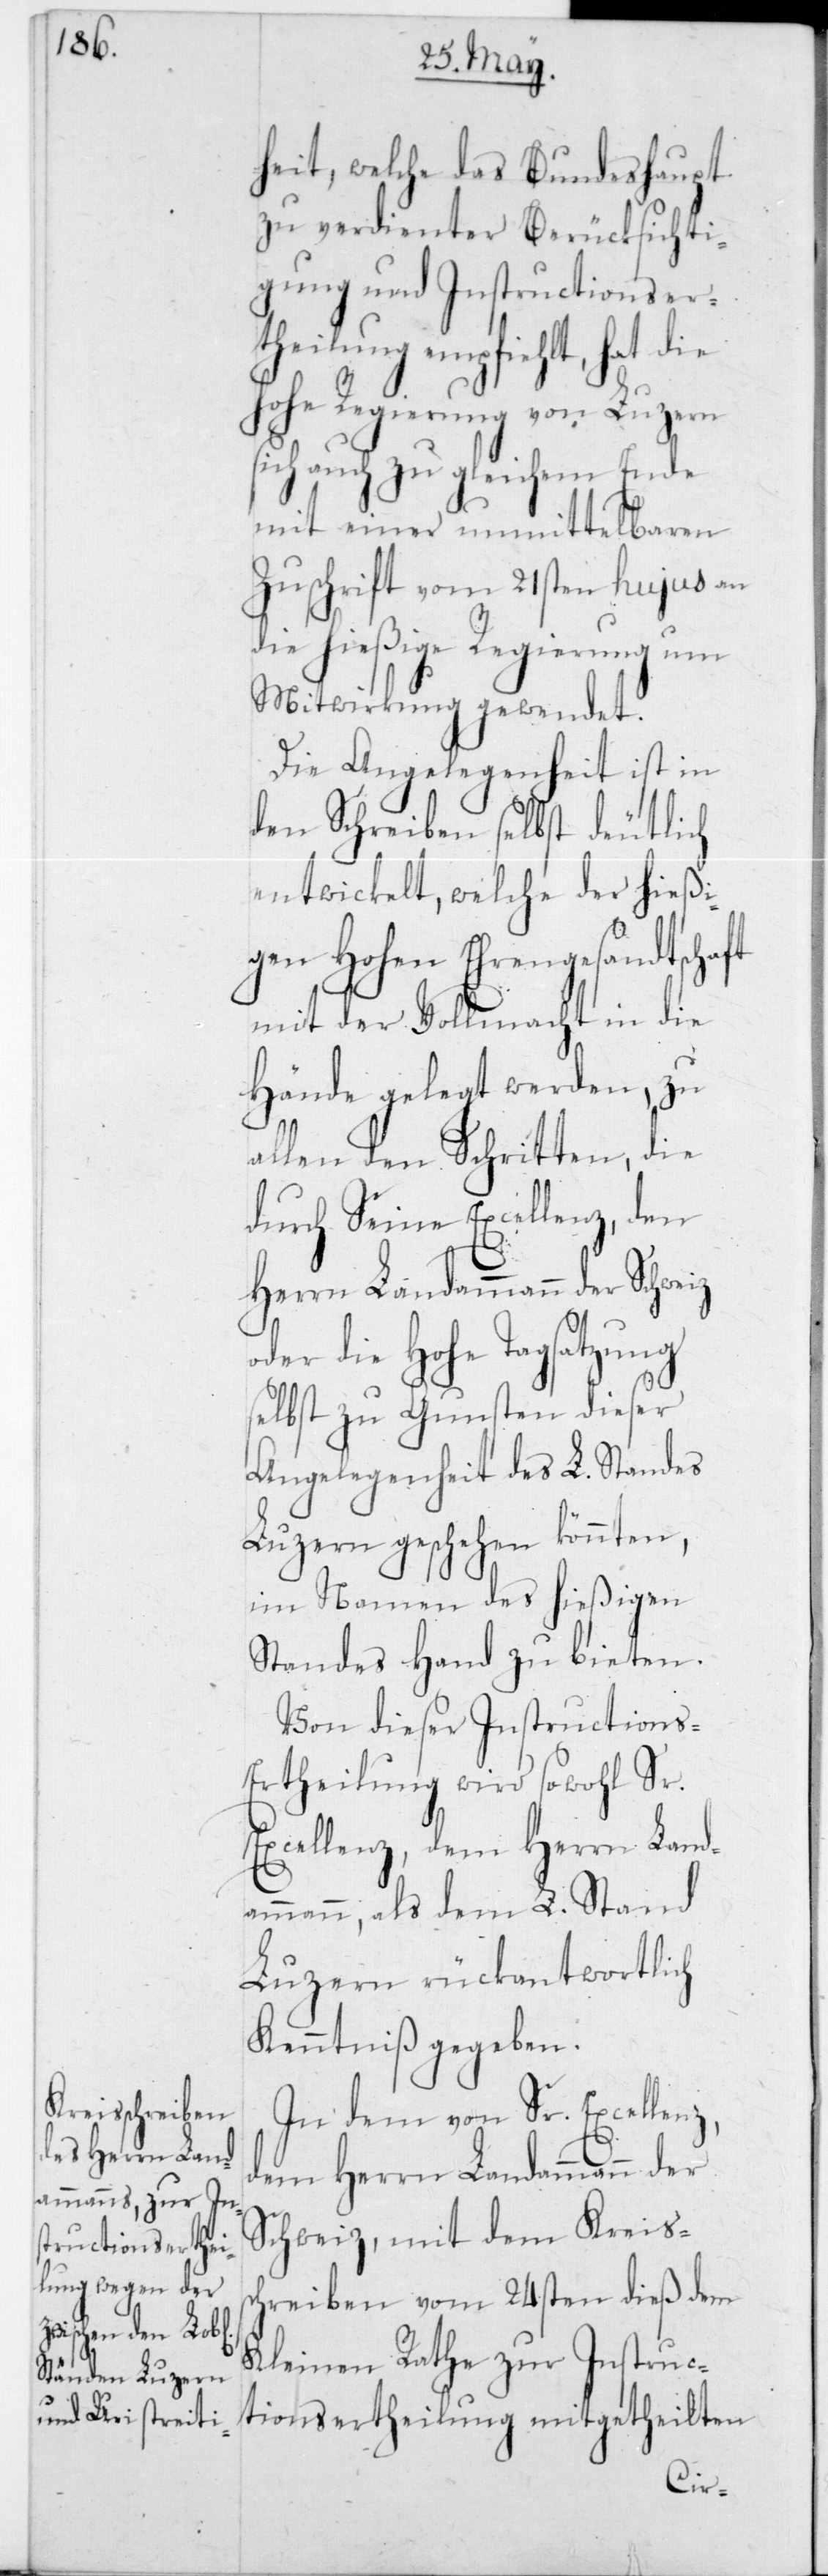
heit, welche das Bundeshaupt
zu verdienter Berücksichti¬
gung und Instructionser¬
theilung empfiehlt, hat
Hohe Regierung von Luzern
sich auch zu gleichem Ende
mit einer unmittelbaren
Zuschrift vom 21sten hujus an
die hießige Regierung um
Mitwirkung gewendet.
Die Angelegenheit ist in
den Schreiben selbst deutlich
entwickelt, welche der hießi¬
gen Hohen Ehrengesandtschaft
mit der Vollmacht in die
Hände gelegt werden, zu
allen den Schritten, die
durch Seine Excellenz, den
Herrn Landammann der Schweiz
oder die Hohe Tagsatzung
selbst zu Gunsten dieser
Angelegenheit des L. Standes
Luzern geschehen könnten,
im Namen des hießigen
Standes Hand zu bieten.
Von dieser Instructions-E¬
rtheilung wird sowohl Sr.
Excellenz, dem Herrn Land¬
ammann, als dem L. Stand
Luzern rückantwortlich
Kenntniß gegeben.
In dem von Sr. Excellenz,
dem Herrn Landammann der
Schweiz, mit dem Kreiss¬
chreiben vom 24sten dieß dem
Kleinen Rathe zur Instruc¬
tionsertheilung mitgetheilten